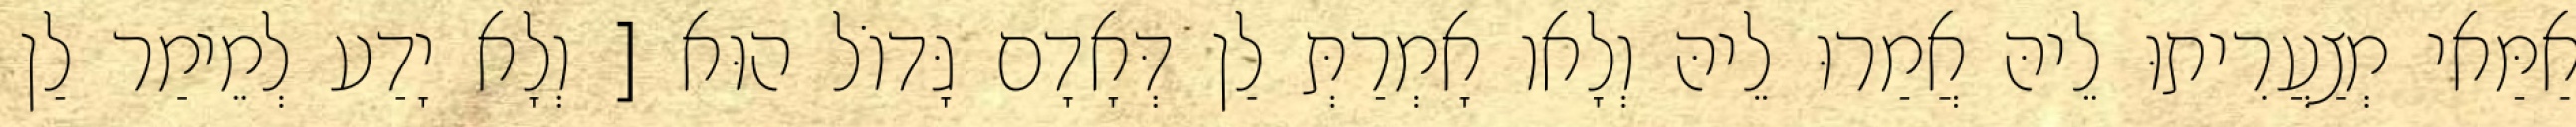
אַמַּאי מְצַעֲרִיתוּ לֵיהּ אֲמַרוּ לֵיהּ וְלָאו אָמְרַתְּ לַן דְּאָדָם גָּדוֹל הוּא [ וְלָא יָדַע לְמֵימַר לַן